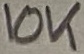
Text: 10K